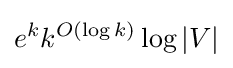
e^{k}k^{O(\log k)}\log |V|